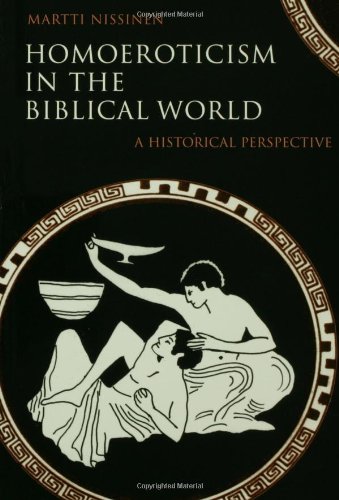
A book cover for Homoeroticism in the Biblical World: A Historical Perspective; Martti Nissinen; Gay & Lesbian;